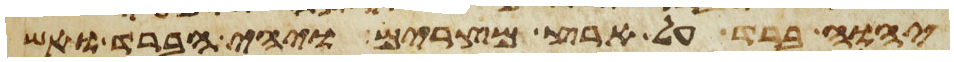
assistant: יהוה ברד על ארץ מצרים ויהי הברד ואש